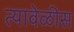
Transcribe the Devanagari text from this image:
त्यावेळीस